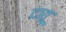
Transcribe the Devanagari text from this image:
दातू